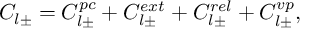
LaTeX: C _ { l \pm } = C _ { l \pm } ^ { p c } + C _ { l \pm } ^ { e x t } + C _ { l \pm } ^ { r e l } + C _ { l \pm } ^ { v p } ,